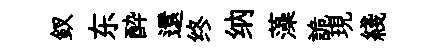
釵东酔還终纳藻詭現綫